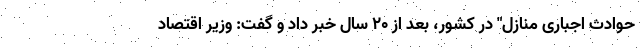
حوادث اجباری منازل" در کشور، بعد از ۲۰ سال خبر داد و گفت: وزیر اقتصاد